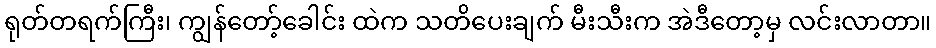
ရုတ်တရက်ကြီး၊ ကျွန်တော့်ခေါင်း ထဲက သတိပေးချက် မီးသီးက အဲဒီတော့မှ လင်းလာတာ။